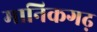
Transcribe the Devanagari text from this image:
मानिकगढ़